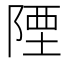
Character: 陻